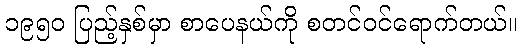
၁၉၅၀ ပြည့်နှစ်မှာ စာပေနယ်ကို စတင်ဝင်ရောက်တယ်။